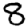
Digit: 8